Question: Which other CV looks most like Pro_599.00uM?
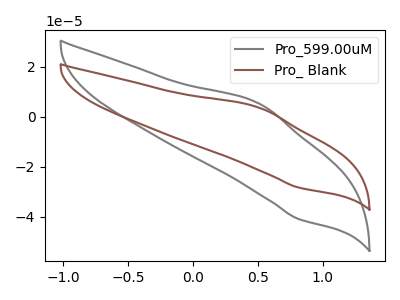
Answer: <think>The gray curve "Pro_599.00uM" has an anodic peak at (0.50V, 5.45uA) and a cathodic peak at (0.80V, -40.90uA). The brown curve "Pro_ Blank" has an anodic peak at (0.50V, 3.75uA) and a cathodic peak at (0.80V, -28.30uA).
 All the peaks in "Pro_599.00uM" have a peak in "Pro_ Blank" at the same potential. Every peak in "Pro_599.00uM" is higher than every peak in "Pro_ Blank".</think>
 <answer>The CV with the most similar shape to "Pro_ Blank" is "Pro_599.00uM".</answer>
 <eval>"Pro_599.00uM"</eval>